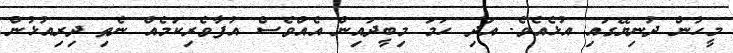
މީހުން ދުނިޔޭގައި އުޅެއެވެ. އަދި ހަމަ މިބީދައިން އެއްވެސް އުފާވެރިކަމެއް ނެތި ދިރިއުޅުން